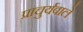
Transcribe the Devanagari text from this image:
प्राचुर्यवाले